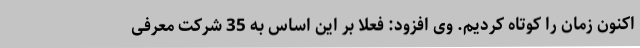
اکنون زمان را کوتاه کردیم. وی افزود: فعلا بر این اساس به 35 شرکت معرفی